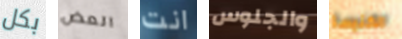
بكل العض انت والجلوس الكنيسة